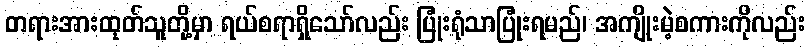
တရားအားထုတ်သူတို့မှာ ရယ်စရာရှိသော်လည်း ပြုံးရုံသာပြုံးရမည်၊ အကျိုးမဲ့စကားကိုလည်း